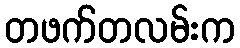
တဖက်တလမ်းက